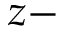
z -